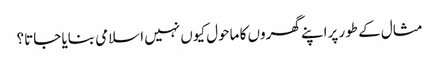
مثال کے طور پراپنے گھروں کا ماحول کیوں نہیں اسلامی بنایا جاتا؟